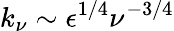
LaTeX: k_{\nu}\sim\epsilon^{1/4}\nu^{-3/4}